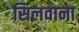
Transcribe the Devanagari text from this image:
सिलवाना